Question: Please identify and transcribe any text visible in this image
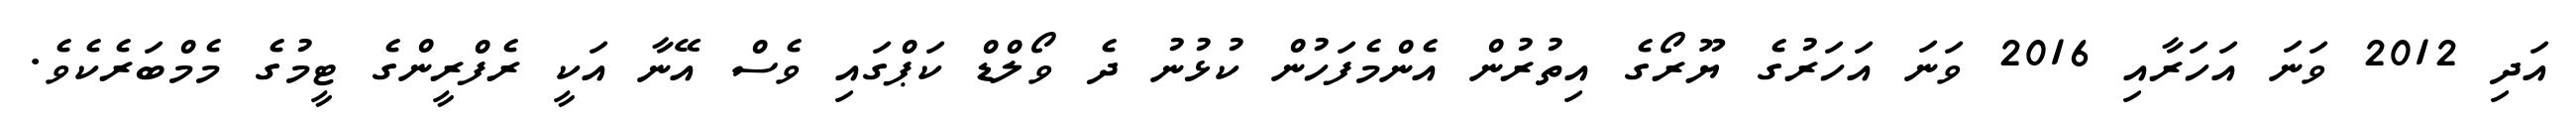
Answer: އަދި 2012 ވަނަ އަހަރާއި 2016 ވަނަ އަހަރުގެ ޔޫރޯގެ އިތުރުން އެންމެފަހުން ކުޅުނު ދެ ވޯލްޑް ކަޕްގައި ވެސް އޭނާ އަކީ ރެފްރީންގެ ޓީމުގެ މެމްބަރެކެވެ.